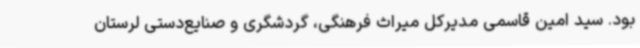
بود. سید امین قاسمی مدیرکل میراث فرهنگی، گردشگری و صنایع‌دستی لرستان